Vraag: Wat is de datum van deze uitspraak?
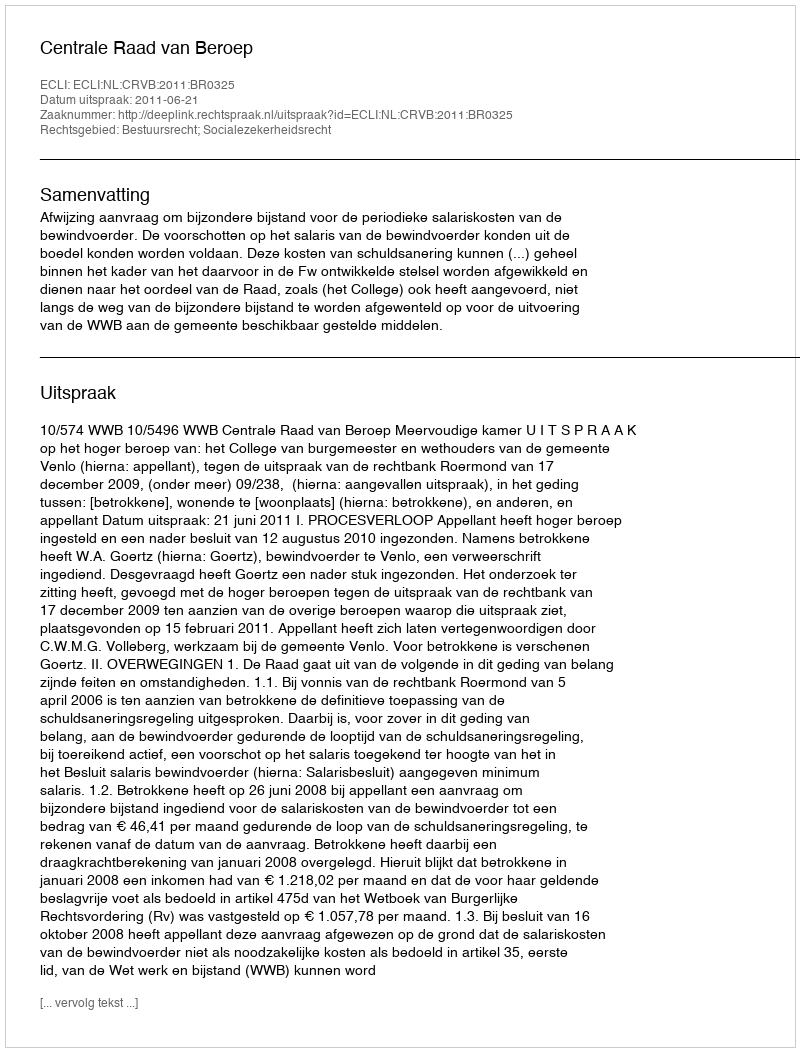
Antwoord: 2011-06-21